Vaccination in Bombay 1889-1901 - 1889-1901
Year: 1889
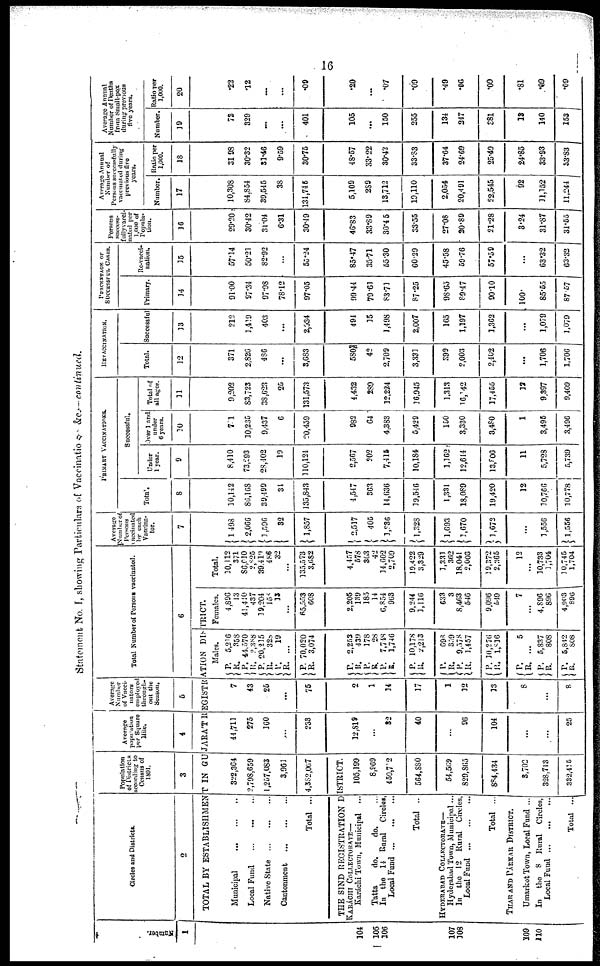
16
Statement No. I, showing Particulars of Vaccination, &c.— continued.
Number.
1
104
105
106
107
108
109
110
Circles and Districts.
2
Population
of Districts
according to
Census of
1891.
3
Average
population
per Square
Mile.
4
Average
Number
of Vacci¬
nators
employed
through¬
out the
Season.
5
Total Number of Persons vaccinated.
6
TOTAL BY ESTABLISHMENT IN GUJARA'T REGISTRATION DISTRICT.
Municipal
...
...
...
Local Fund
... ... ...
Native State ... ... ...
Cantonment
...
...
...
Total ...
322,364
2,798,659
1,257,083
3,961
4,382,067
THE SIND REGISTRATION DISTRICT.
KARÁCHI COLLECTORATE—
Karáchi Town, Municipal ...
Tatta
do.
do. ...
In the 14 Rural Circles,
Local Fund
...
...
...
Total ..
HYDERABAD COLLECTORATE—
Hyderabad Town, Municipal ...
In the 12 Rural Circles,
Local Fund
...
...
...
Total ...
THAR AND PARKAR DISTRICT.
Umarkot Town, Local Fund ...
In the 8 Rural Circles,
Local Fund
...
...
...
Total ...
105,199
8,969
450,702
564,880
54,569
829, 865
884,434
3,702
328,713
332,415
44,711
275
160
...
233
12,819
...
32
40
...
96
104
...
...
25
7
43
25
...
75
2
1
34
17
1
12
13
8
...
8
Males.
P.
R.
P.
R.
P.
R.
P.
R.
P.
R.
5,216
358
44,570
2,388
20,215
328
19
...
70,020
3,074
P.
R.
P.
R.
P.
R.
P.
R.
2,253
439
178
28
7,748
1,746
10,178
2,213
P. R.
P.
R.
P.
R.
698 359
9,578
1,457
10,276
1,816
P.
R.
P.
R.
P.
R.
5
...
5,837
808
5,842
808
Females.
4,896
13
41,440
437
19,204
153
13
...
608
608
2,205
139
185
14
6,854
963
9,244
1,116
633
3
8,463
546
9,096
549
7
...
4,896
896
4,903
896
Total.
10,112
371
86,610
2,825
39,410
486
32
...
135,573
3,682
4,457
578
363
42
14,602
2,709
19,422
3,329
1,331 362
18,041
2,003
19,372
2,365
12
...
10,733
1,704
10,745
1,704
Average
Number of
Persons
vaccinated
by each
Vaccina¬
tor.
7
1 498
2,066
1 ,596
32
1,857
2,517
405
1,336
1,328
1,693
1,670
1,672
...
1,556
1,556
PRIMARY VACCONATIONS.
Successful.
Total.
8
10,142
86,168
39,499
34
135,843
4,547
363
14,636
19,546
1,331
18,089
19,420
12
10,766
10,778
Under
1 year.
9
8,410
73,293
28,402
19
110,124
2,567
202
7,415
10,184
1,162
12,614
13,806
11
5,728
5,739
Over 1 and
under
6 years.
10
721
10,235
9,437
6
20,459
982
64
4,383
5,429
150
3,330
3,480
1
3,495
3,496
Total of
all ages.
11
9,202
83,723
38,623
25
131,573
4,432
289
12,224
16,945
1,313
16,142
17,455
12
9,397
9,409
REVACCINATION.
Total.
12
371
2,826
486
...
3,683
580
42
2,709
3,331
399
2,003
2,402
...
1,706
1,706
Successful.
13
212
1,419
403
...
2,934
494
15
1,498
2,007
165
1,197
1,362
...
1,079
1,079
PERCENTAGE OF
SUCCESSFUL CASES.
Primary.
14
91.00
97.34
97.98
78.12
97.05
99.44
79.61
83.71
87.25
98.65
89.47
90.10
100
85.55
87.57
Re-vacci¬
nation.
15
57.14
50.21
82.92
...
55.24
85.47
35.71
55.30
60.29
45.58
59.76
57.59
...
63.32
63.32
Persons
Success¬
fully vacci¬
nated per
1,000 of
Popula-
tion.
16
29.20
30.42
31.04
6.31
30.49
46.83
33.89
30.45
33.55
27.08
20.89
21.28
3.24
31.87
31.55
Average Annual
Number of
Persons successfully
vaccinated during
previous five
years.
Number.
17
10,308
84,854
39,545
38
134,745
5,109
289
13,712
19,110
2,054
20,491
22,545
92
11,152
11,244
Ratio per
1,000.
18
31.98
30.32
31.46
9.59
30.75
48.57
33.22
30.42
33.83
37.64
24.69
25.49
24.85
33.93
33.83
Average Annual
Number of Deaths
from Small-pox
during previous
five years.
Number.
19
72
329
...
...
401
105
...
150
255
134
247
381
13
140
153
Ratio per
1,000.
20
.22
.12
...
...
.09
.20
...
.07
.09
.49
.06
.09
.81
.09
.09